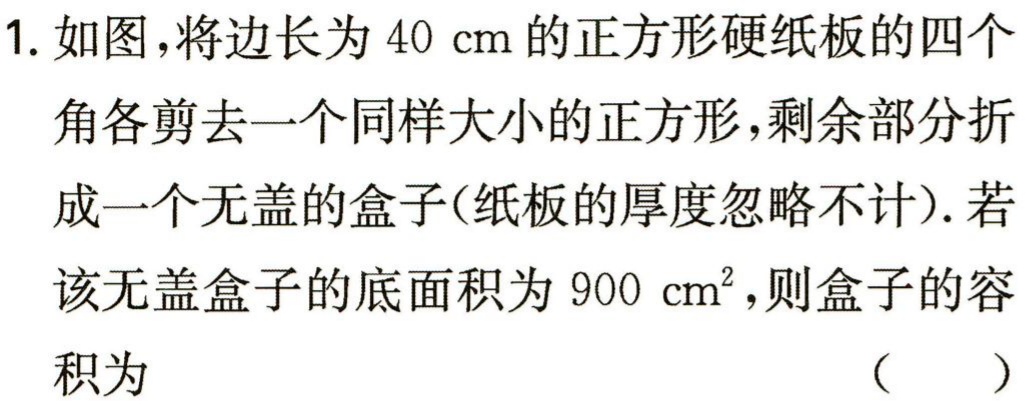
1. 如图，将边长为\(40\mathrm{cm}\)的正方形硬纸板的四个角各剪去一个同样大小的正方形，剩余部分折成一个无盖的盒子(纸板的厚度忽略不计). 若该无盖盒子的底面积为\(900\mathrm{cm}^{2}\)，则盒子的容积为 （  ）